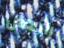
رائعان